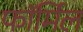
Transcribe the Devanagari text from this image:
फॉर्मिल